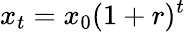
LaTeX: x_{t}=x_{0}(1+r)^{t}